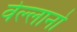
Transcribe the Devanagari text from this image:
वेल्लानो